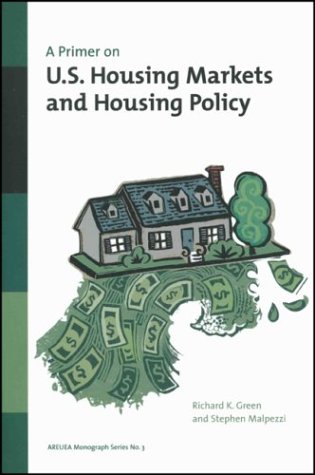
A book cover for A Primer on U.S. Housing Markets and Housing Policy (Areuea Monograph Series); Richard K Green; Law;